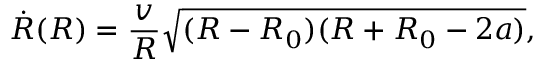
\dot { R } ( R ) = \frac v R \sqrt { ( R - R _ { 0 } ) ( R + R _ { 0 } - 2 a ) } ,